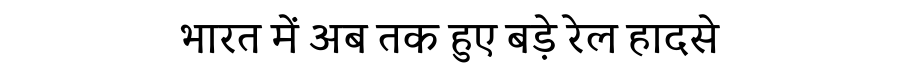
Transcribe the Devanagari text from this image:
भारत में अब तक हुए बड़े रेल हादसे